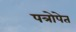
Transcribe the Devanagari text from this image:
पत्रोपेत